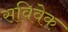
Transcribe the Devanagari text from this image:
सविवेक